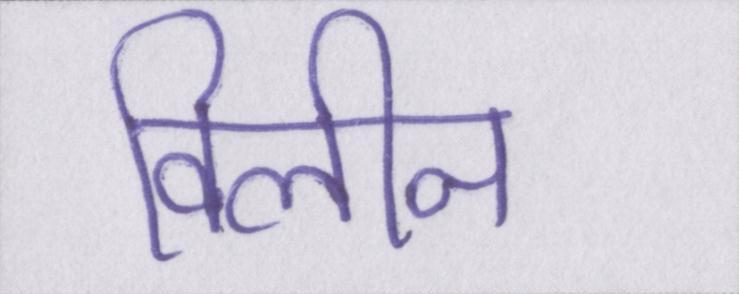
विलीन